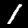
Digit: 1